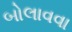
બોલાવવા